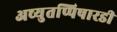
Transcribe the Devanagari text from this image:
अच्युतप्पिषारडी